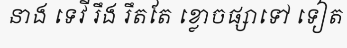
នាង ទេវី រឹង រឹតតែ ខ្លោចផ្សាទៅ ទៀត